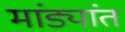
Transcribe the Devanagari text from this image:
मांड्यांत